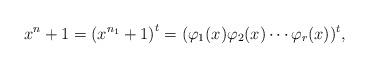
LaTeX: \begin{align*}x^{n}+1={(x^{n_{1}}+1)}^t=(\varphi_{1}(x)\varphi_{2}(x)\cdots\varphi_{r}(x))^{t},\end{align*}